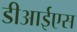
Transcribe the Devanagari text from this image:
डीआईएस